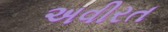
અવીરત